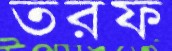
তরফ